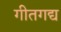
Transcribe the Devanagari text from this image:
गीतगद्य